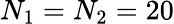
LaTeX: N_{1}=N_{2}=20